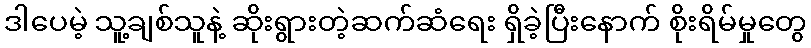
ဒါပေမဲ့ သူ့ချစ်သူနဲ့ ဆိုးရွားတဲ့ဆက်ဆံရေး ရှိခဲ့ပြီးနောက် စိုးရိမ်မှုတွေ